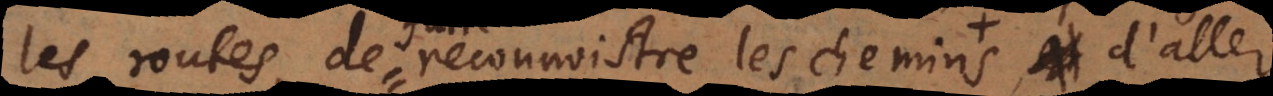
les routes, de reconnoistre les chemins, et d’alle